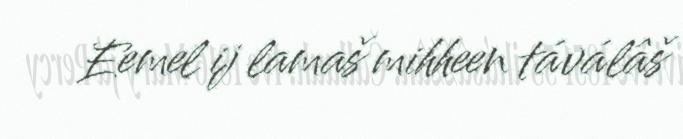
Eemel ij lamaš mihheen táválâš